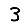
Digit: 3